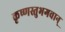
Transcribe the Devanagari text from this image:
कृष्णस्तुभगवान्